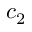
c _ { 2 }